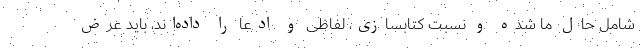
شامل حال ما شده و نسبت کتابسازی، لفاظی و ادعا را داده‌اند، باید عرض